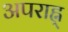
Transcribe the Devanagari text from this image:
अपराह्न्